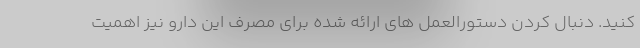
کنید. دنبال کردن دستورالعمل های ارائه شده برای مصرف این دارو نیز اهمیت